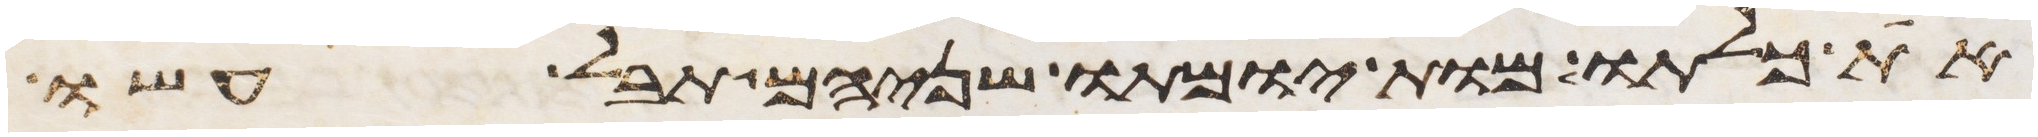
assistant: את כלתו מות יומתו שניהם תבל עשו